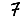
Digit: 7